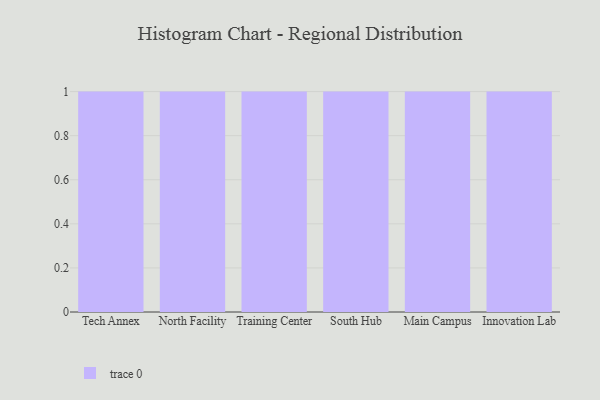
{"axis": {"x": "Campus", "y": "Net Income (USD K)"}, "legend": [""], "data": [{"x": "Tech Annex", "y": 83, "type": ""}, {"x": "North Facility", "y": 86, "type": ""}, {"x": "Training Center", "y": 82, "type": ""}, {"x": "South Hub", "y": 45, "type": ""}, {"x": "Main Campus", "y": 33, "type": ""}, {"x": "Innovation Lab", "y": 54, "type": ""}]}